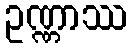
ဥဏ္ဏာဿ